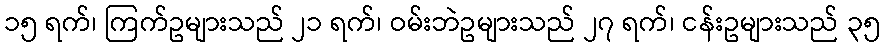
၁၅ ရက်၊ ကြက်ဥများသည် ၂၁ ရက်၊ ဝမ်းဘဲဥများသည် ၂၇ ရက်၊ ငန်းဥများသည် ၃၅